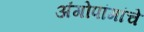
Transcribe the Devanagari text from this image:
अंगोपांगांचे